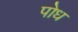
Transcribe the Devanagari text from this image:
पोध